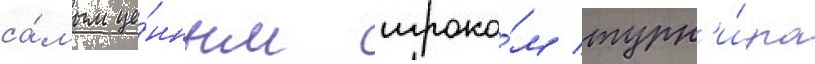
са́мым це́нным игроко́м турн'и́ра